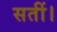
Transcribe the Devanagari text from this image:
सतीं।